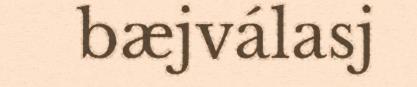
bæjválasj